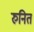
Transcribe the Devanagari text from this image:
रुनित